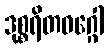
ဒုစ္စရိတဝဂ္ဂေါ